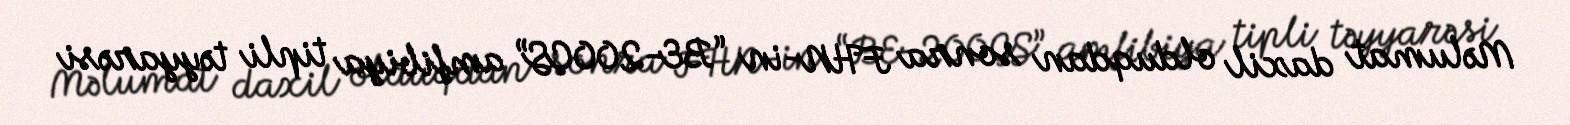
Məlumat daxil olduqdan sonra FHN-in “BE-200ÇS” amfibiya tipli təyyarəsi